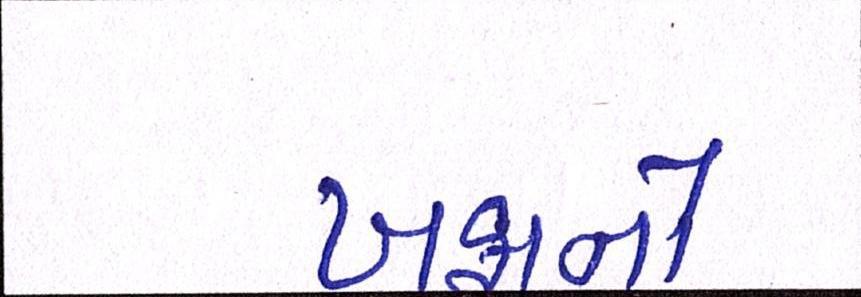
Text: ખફાનો